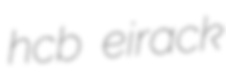
hcb eirack